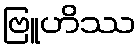
ဗြူဟိဿ